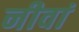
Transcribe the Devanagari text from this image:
नीवां